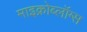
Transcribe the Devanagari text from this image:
माइक्रोब्लॉग्स